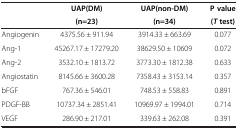
<table><thead><tr><td rowspan="2"><b> </b></td><td><b>UAP(DM)</b></td><td><b>UAP(non-DM)</b></td><td><b>P value</b></td></tr><tr><td><b>(n=23)</b></td><td><b>(n=34)</b></td><td><b>(<i>T </i>test)</b></td></tr></thead><tbody><tr><td>Angiogenin</td><td>4375.56 ± 911.94</td><td>3914.33 ± 663.69</td><td>0.077</td></tr><tr><td>Ang-1</td><td>45267.17 ± 17279.20</td><td>38629.50 ± 10609</td><td>0.072</td></tr><tr><td>Ang-2</td><td>3532.10 ± 1813.72</td><td>3773.30 ± 1812.38</td><td>0.633</td></tr><tr><td>Angiostatin</td><td>8145.66 ± 3600.28</td><td>7358.43 ± 3153.14</td><td>0.357</td></tr><tr><td>bFGF</td><td>767.36 ± 546.01</td><td>748.53 ± 558.83</td><td>0.891</td></tr><tr><td>PDGF-BB</td><td>10737.34 ± 2851.41</td><td>10969.97 ± 1994.01</td><td>0.714</td></tr><tr><td>VEGF</td><td>286.90 ± 217.01</td><td>339.63 ± 262.08</td><td>0.391</td></tr></tbody></table>